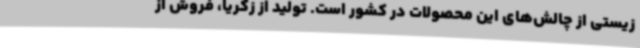
زیستی از چالش‌های این محصولات در کشور است. تولید از زکریا، فروش از